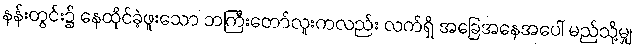
နန်းတွင်း၌ နေထိုင်ခဲ့ဖူးသော ဘကြီးတော်လူးကလည်း လက်ရှိ အခြေအနေအပေါ် မည်သို့မျှ